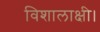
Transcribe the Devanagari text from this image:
विशालाक्षी।